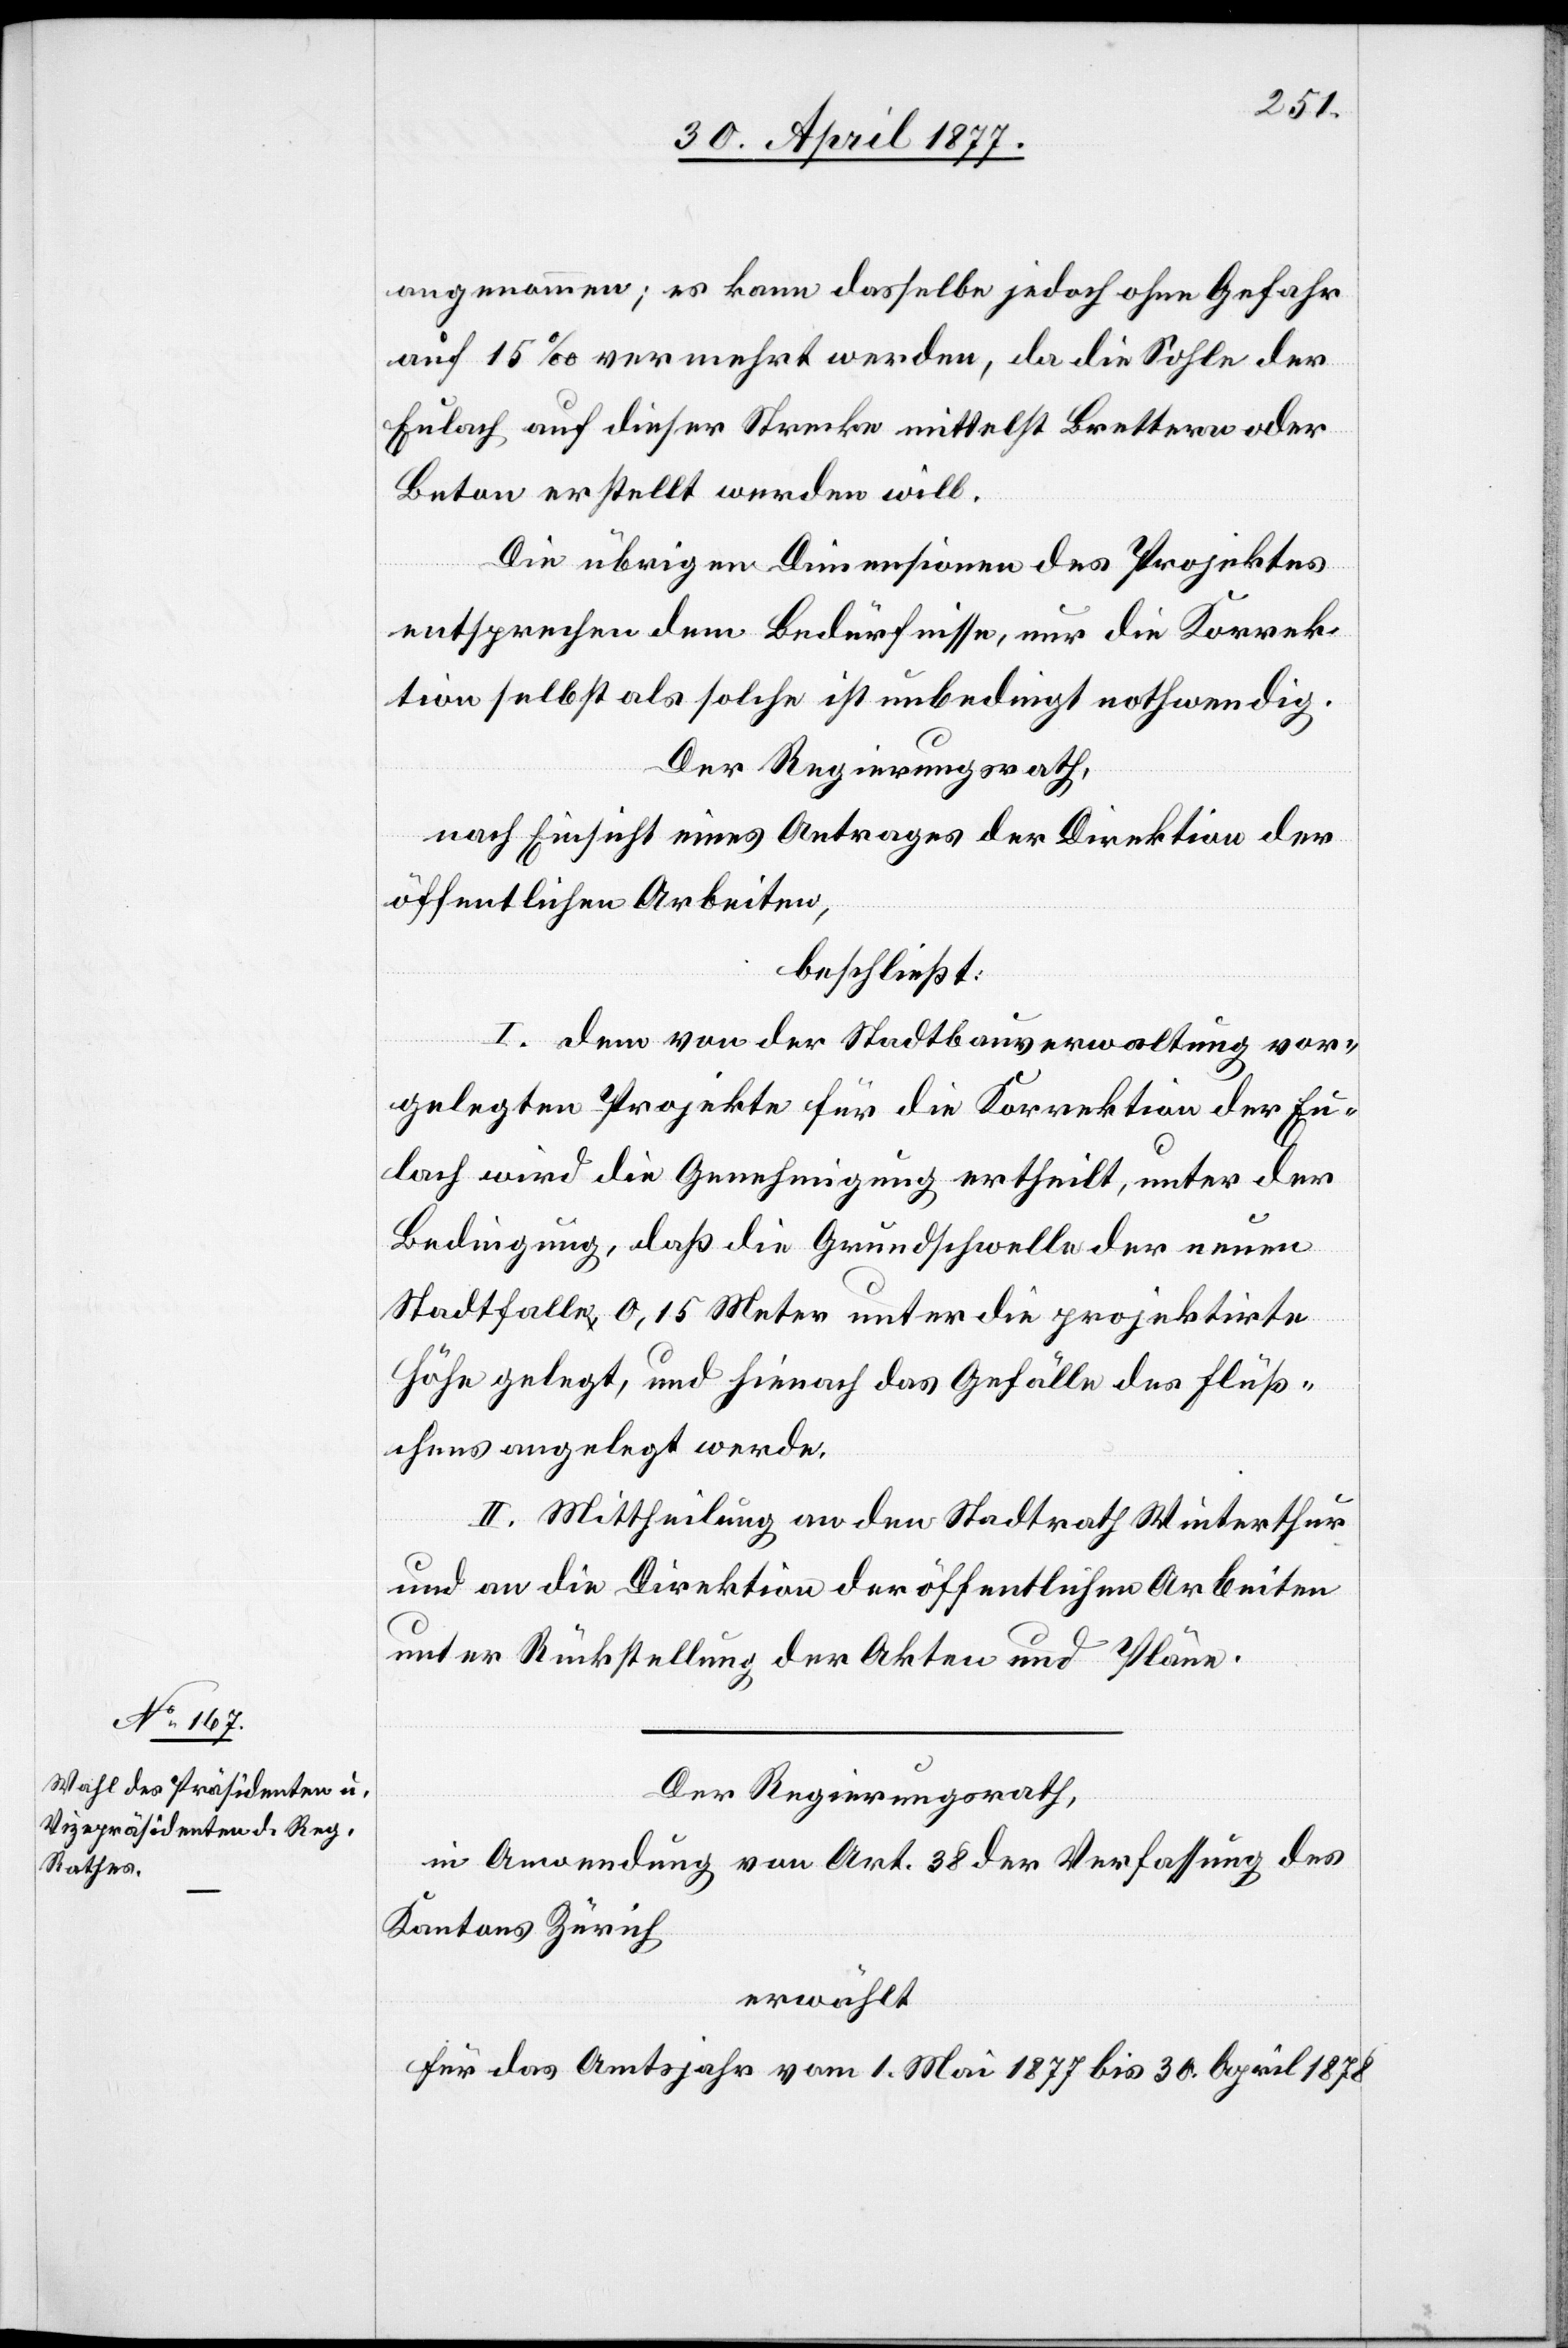
angenommen; es kann dasselbe jedoch ohne Gefahr
auf 15‰ vermehrt werden, da die Sohle der
Eulach auf dieser Strecke mittelst Brettern oder
Beton erstellt werden will.
Die übrigen Dimensionen des Projektes
entsprechen dem Bedürfnisse, nur die Korrek¬
tion selbst als solche ist unbedingt nothwendig.
Der Regierungsrath,
nach Einsicht eines Antrages der Direktion der
öffentlichen Arbeiten,
beschließt:
I. Dem von der Stadtbauverwaltung vor¬
gelegten Projekte für die Korrektion der Eu¬
lach wird die Genehmigung ertheilt, unter der
Bedingung, daß die Grundschwelle der neuen
Stadtfalle 0,15 Meter unter die projektirte
Höhe gelegt, und hienach das Gefälle des Flüß¬
chens angelegt werde.
II. Mittheilung an den Stadtrath Winterthur
und an die Direktion der öffentlichen Arbeiten
unter Rückstellung der Akten und Pläne.
Der Regierungsrath,
in Anwendung von Art. 38 der Verfassung des
Kantons Zürich
erwählt
Für das Amtsjahr vom 1. Mai 1877 bis 30. April 1878